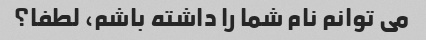
می توانم نام شما را داشته باشم، لطفا؟